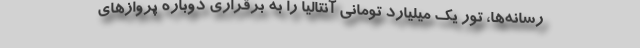
رسانه‌ها، تور یک میلیارد تومانی آنتالیا را به برقراری دوباره پروازهای